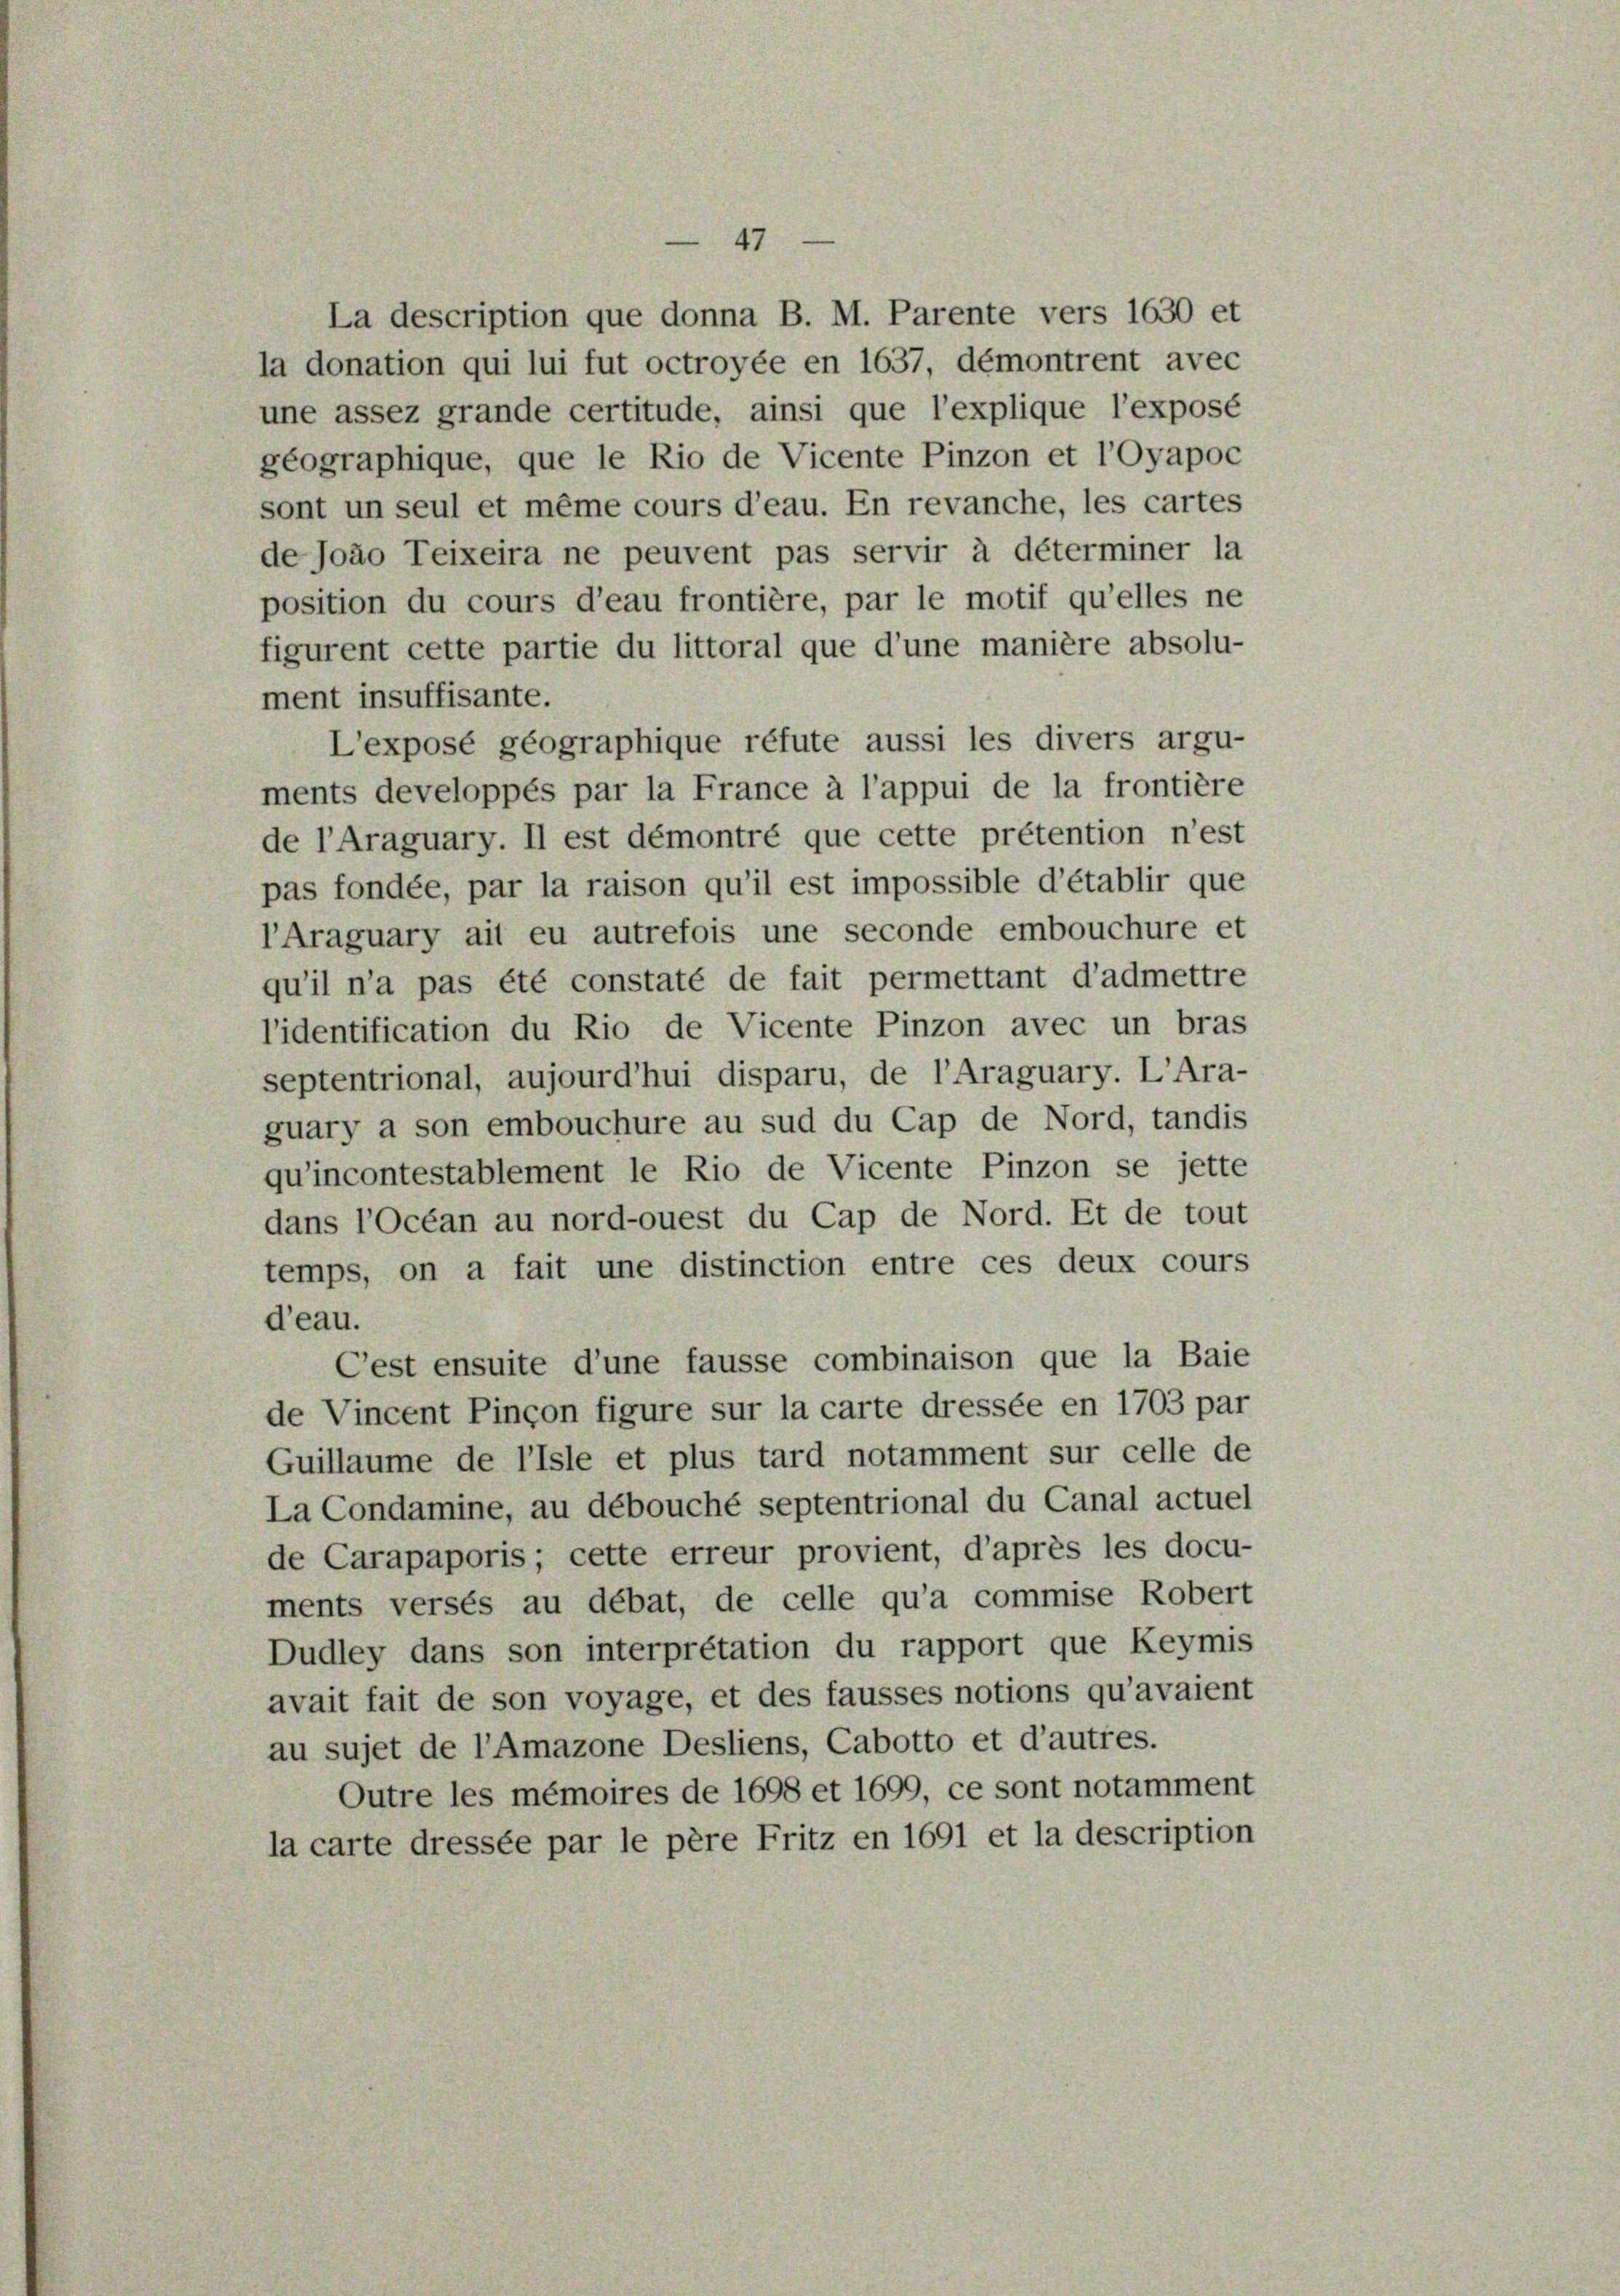
au sujet de l’Amazone Desliens, Cabotto et d’autres.
Outre les mémoires de 1698 et 1699, ce sont notamment
la carte dressée par le père Fritz en 1691 et la description

La description que donna B. M. Parente vers 1630 et
la donation qui lui fut octroyée en 1637, démontrent avec
une assez grande certitude, ainsi que l’explique l’exposé
geographique, que le Rio de Vicente Pinzon et l’Oyapoc
sont un seul et même cours d’eau. En revanche, les cartes
de Joäo Teixeira ne peuvent pas servir à déterminer la
position du cours d’eau frontière, par le motif qu’elles ne
figurent cette partie du littoral que d’une manière absolu-
ment insuffisante.
L’exposé géographique réfute aussi les divers argu-
ments developpés par la France à l’appui de la frontière
de l’Araguary. Il est démontré que cette prétention n’est
pas fondée, par la raison qu’il est impossible d’établir que
lAraguary ait eu autrefois une seconde embouchure et
qu’il n’a pas été constaté de fait permettant d’admettre
lidentification du Rio de Vicente Pinzon avec un bras
septentrional, aujourd’hui disparu, de l’Araguary. L’Ara-
guary a son embouchure au sud du Cap de Nord, tandis
qu’incontestablement le Rio de Vicente Pinzon se jette
dans l’Océan au nord-ouest du Cap de Nord. Et de tout
temps, on a fait une distinction entre ces deux cours
d’eau.
Cest ensuite d’une fausse combinaison que la Baie
de Vincent Pinçon figure sur la carte dressée en 1703 par
Guillaume de l’isle et plus tard notamment sur celle de
La Condamine, au débouché septentrional du Canal actuel
de Carapaporis; cette erreur provient, d’après les docu-
ments versés au débat, de celle qu’a commise Robert
Dudley dans son interpretation du rapport que Keymis
avait fait de son voyage, et des fausses notions qu’avaient